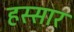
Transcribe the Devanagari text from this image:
हस्सार